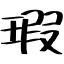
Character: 瑕